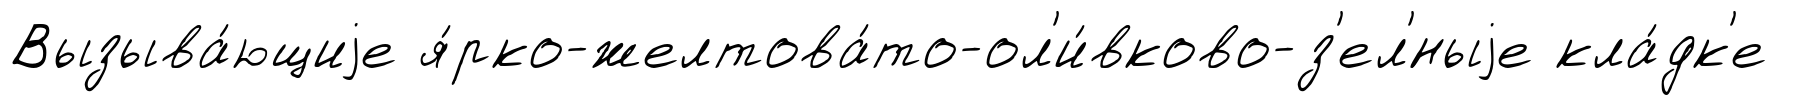
Вызыва́ющиjе я́рко-желтова́то-ол'и́вково-з'ел'́ныjе кла́дк'е